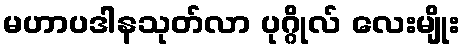
မဟာပဒါနသုတ်လာ ပုဂ္ဂိုလ် လေးမျိုး